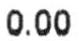
0.00